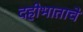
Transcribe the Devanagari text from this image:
दहीभाताचे